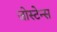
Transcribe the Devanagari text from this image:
जोस्टेन्स